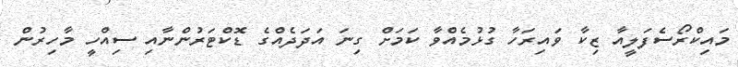
މައިކްރޯސެފަލީއާ ޒިކާ ވައިރަހާ ގުޅުމެއްވާ ކަމަށް ގިނަ އަދަދެއްގެ ޑޮކްޓަރުންނާއި ސިއްހީ މާހިރުން